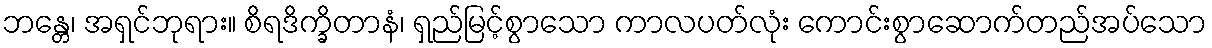
ဘန္တေ၊ အရှင်ဘုရား။ စိရဒိက္ခိတာနံ၊ ရှည်မြင့်စွာသော ကာလပတ်လုံး ကောင်းစွာဆောက်တည်အပ်သော